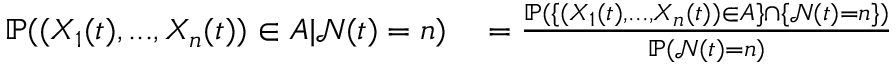
\begin{array} { r l } { \mathbb { P } ( ( X _ { 1 } ( t ) , . . . , X _ { n } ( t ) ) \in A | \mathcal { N } ( t ) = n ) } & { { } = \frac { \mathbb { P } ( \{ ( X _ { 1 } ( t ) , . . . , X _ { n } ( t ) ) \in A \} \cap \{ \mathcal { N } ( t ) = n \} ) } { \mathbb { P } ( \mathcal { N } ( t ) = n ) } } \end{array}